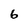
Character: 6